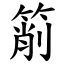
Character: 箾